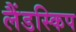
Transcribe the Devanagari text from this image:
लैंडस्किप